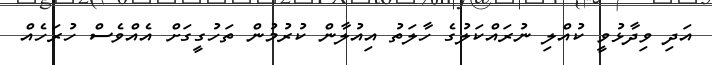
އަދި ވިދާޅުވީ ކުއްލި ނުރައްކަލުގެ ހާލަތު އިއުލާން ކުރުމުން ތަހުގީގަށް އެއްވެސް ހުރަހެއް